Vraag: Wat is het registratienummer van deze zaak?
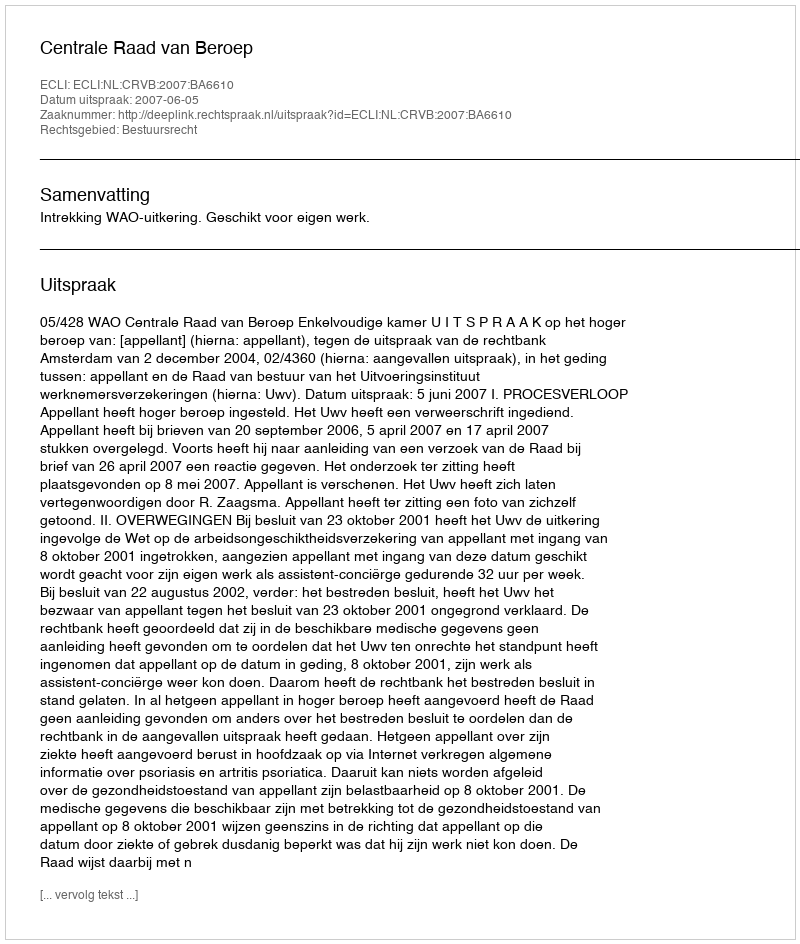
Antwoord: http://deeplink.rechtspraak.nl/uitspraak?id=ECLI:NL:CRVB:2007:BA6610